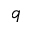
q